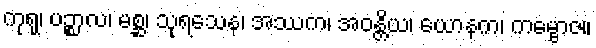
ကုရု၊ ပဉ္စာလ၊ မစ္ဆ၊ သုရသေန၊ အဿက၊ အဝန္တိယ၊ ယောနက၊ ကမ္ဗောဇ။